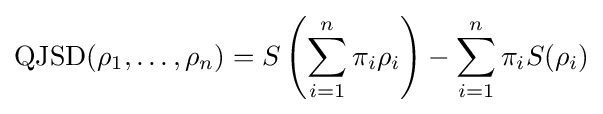
{\rm {QJSD}}(\rho _{1},\ldots ,\rho _{n})=S\left(\sum _{i=1}^{n}\pi _{i}\rho _{i}\right)-\sum _{i=1}^{n}\pi _{i}S(\rho _{i})